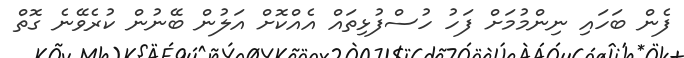
ފެން ބަހައި ނިންމުމަށް ފަހު ހުސްފުޅިތައް އެއްކޮށް އަލުން ބޭނުން ކުރެވޭނެ ގޮތް